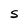
Character: S